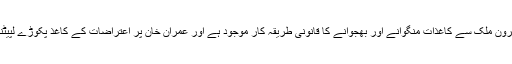
تحریری جواب کے مطابق بیرون ملک سے کاغذات منگوانے اور بھجوانے کا قانونی طریقہ کار موجود ہے اور عمران خان پر اعتراضات کے کاغذ پکوڑے لپیٹنے کے کام بھی نہیں آسکتے۔